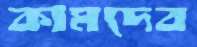
কামদেব